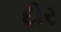
દોર